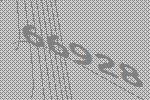
66928